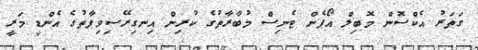
ގަތަރު އެކްސޮން މޮބިލް އޯޕެން ޓެނިސް މުބާރާތުގެ ކުރިން އިނގިރޭސިވިޕާތުގެ އެންޑީ މަރީ